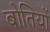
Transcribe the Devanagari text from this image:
बोतियों